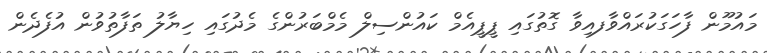
މައުމޫން ފާހަގަކުރައްވާފއިވާ ގޮތުގައި ޕީޕީއެމް ކައުންސިލް މެމްބަރުންގެ މެދުގައި ހިޔާލު ތަފާތުވުން އުފެދެން